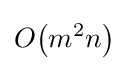
O{\mathord {\left(m^{2}n\right)}}